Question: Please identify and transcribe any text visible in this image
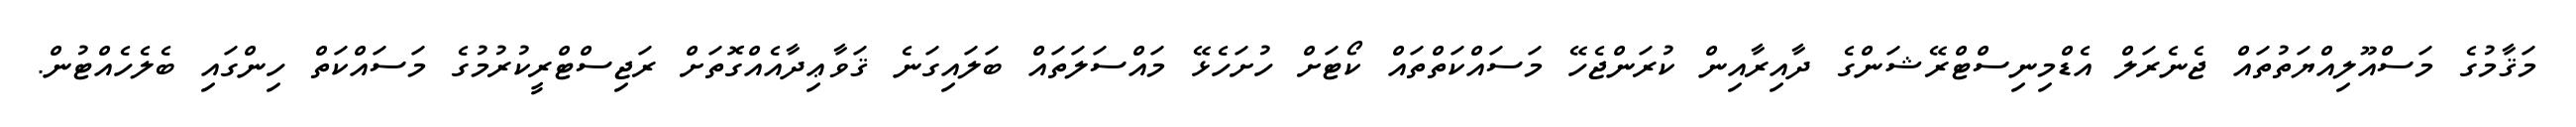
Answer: މަޤާމުގެ މަސްއޫލިއްޔަތުތައް ޖެނެރަލް އެޑްމިނިސްޓްރޭޝަންގެ ދާއިރާއިން ކުރަންޖެހޭ މަސައްކަތްތައް ކޯޓަށް ހުށަހެޅޭ މައްސަލަތައް ބަލައިގަނެ ޤަވާޢިދާއެއްގޮތަށް ރަޖިސްޓްރީކުރުމުގެ މަސައްކަތް ހިންގައި ބެލެހެއްޓުން.